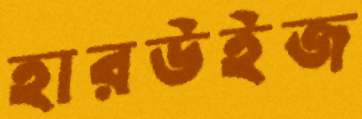
হারউইজ